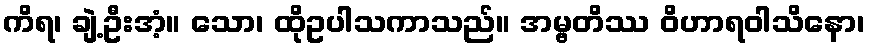
ကိရ၊ ချဲ့ဦးအံ့။ သော၊ ထိုဥပါသကာသည်။ အမ္ဗတိဿ ဝိဟာရဝါသိနော၊